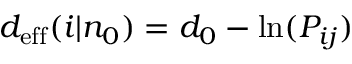
d _ { \mathrm { e f f } } ( i | n _ { 0 } ) = d _ { 0 } - \ln ( P _ { i j } )